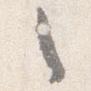
之